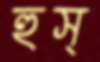
হুস্‌